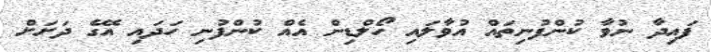
ފައިދާ ނުވާ ކުންފުނިތައް އުވާލައި ހޯލްޑިން އެއް ކުންފުނި ހަދައި އޭގެ ދަށަށް